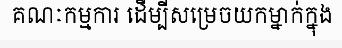
គណៈកម្មការ ដើម្បីសម្រេចយកម្នាក់ក្នុង